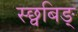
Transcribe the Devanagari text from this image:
स्छ्वबिङ्